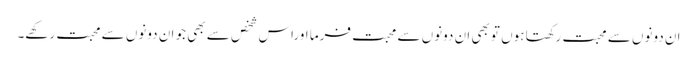
ان دونوں سے محبت رکھتا ہوں تو بھی ان دونوں سے محبت فرما اوراس شخص سے بھی جو ان دونوں سے محبت رکھے۔